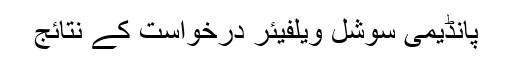
پانڈیمی سوشل ویلفیئر درخواست کے نتائج